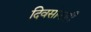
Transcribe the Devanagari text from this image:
दिवसांनाही